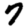
Digit: 7